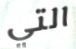
التي